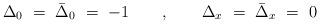
LaTeX: \begin{align*}\Delta_0\ =\ \bar\Delta_0\ =\ -1\qquad,\qquad\Delta_x\ =\ \bar\Delta_x\ =\ 0\end{align*}